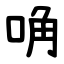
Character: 唃